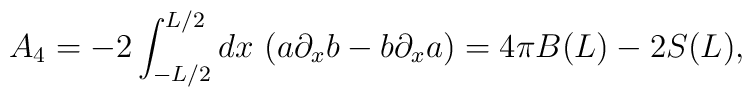
A_4=-2 \int_{-L/2}^{L/2} dx\, \left( a\partial_xb - b\partial_x a \right)= 4 \pi B(L) - 2 S(L),